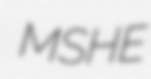
MSHE